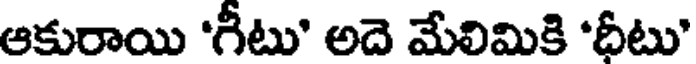
ఆకురాయి 'గీటు' అదె మేలిమికి 'ధీటు'